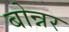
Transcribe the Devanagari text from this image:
बोन्नर